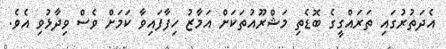
އެދަތުރުގައި ތަރައްގީގެ ބޮޑެތި މަޝްރޫއުތަކަށް އަމާޒު ހިފާފައިވާ ކަމަށް ވެސް ވިދާޅުވި އެވެ.